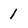
Character: 1